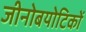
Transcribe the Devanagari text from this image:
जीनोबयोटिकों